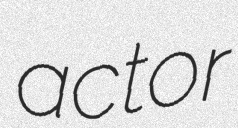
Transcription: actor